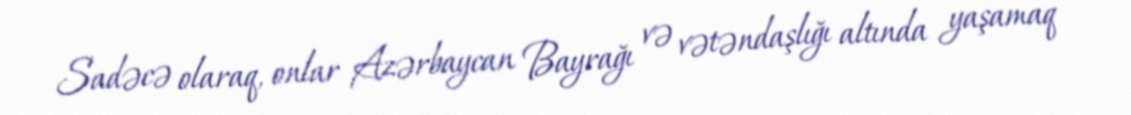
Sadəcə olaraq, onlar Azərbaycan Bayrağı və vətəndaşlığı altında yaşamaq